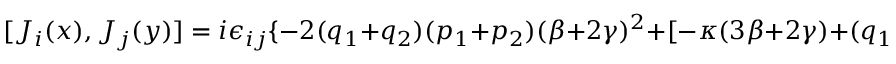
[ J _ { i } ( x ) , J _ { j } ( y ) ] = i \epsilon _ { i j } \{ - 2 ( q _ { 1 } + q _ { 2 } ) ( p _ { 1 } + p _ { 2 } ) ( \beta + 2 \gamma ) ^ { 2 } + [ - \kappa ( 3 \beta + 2 \gamma ) + ( q _ { 1 } + q _ { 2 } ) ( \beta + 2 \gamma ) ^ { 2 } ] : A \cdot \tilde { E } :